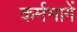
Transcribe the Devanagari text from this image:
कर्मभागें